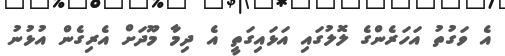
އެ ވަގުތު އަހަރެންގެ ލޮލުގައި އަޅައިގަތީ އެ ދިމާ މޫދަށް އެރިގެން އުޅުނު